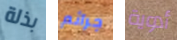
بذلة جرائم أدوية